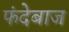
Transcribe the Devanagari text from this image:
फंदेबाज